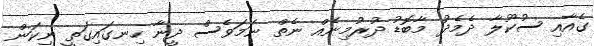
ގެއާއި ސުކޫލާ ދެމެދު މާބޮޑު ދުރުމިނެއް ނެތް ނަމަވެސް ދީނާ ހިނގައިގަތީ ނިކަން